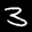
Label: 3